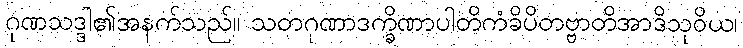
ဂုဏသဒ္ဒါ၏အနက်သည်။ သတဂုဏာဒက္ခိဏာပါတိကံခိပိတဗ္ဗာတိအာဒိသုဝိယ၊